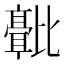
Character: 𬆻